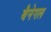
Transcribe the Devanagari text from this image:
बैनेगल